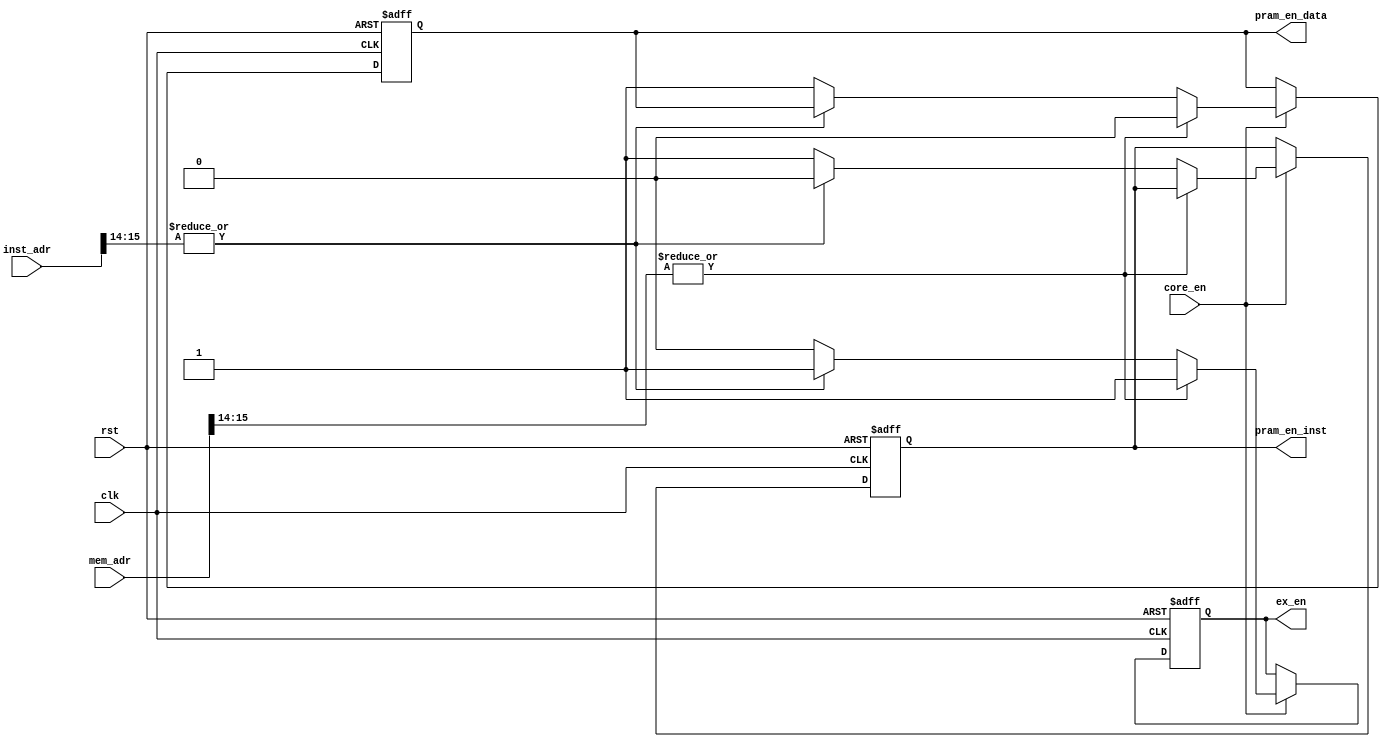
`timescale 1ns / 1ps
//////////////////////////////////////////////////////////////////////////////////
// Company: 
// Engineer: 
// 
// Design Name: 
// Module Name: mem_cr
// Project Name: 
// Target Devices: 
// Tool Versions: 
// Description: 
// 
// Dependencies: 
// 
// Revision:
// Revision 0.01 - File Created
// Additional Comments:
// 
//////////////////////////////////////////////////////////////////////////////////


module memory_controller(
         input wire clk, input wire rst,
         //core 
         input wire core_en, input wire [15:0] mem_adr,input wire [15:0] inst_adr, //,input wire [1:0] opType,
         //external        
		 output reg ex_en,//output reg i_bus_we,output reg i_bus_rdy_ex, output reg[15:0] i_bus_addr, output reg[31:0] i_bus_write_data, 
		 //input [31:0] o_bus_read_data,
         //pram         
		 output reg pram_en_inst//,output reg pram_w_en,output reg [15:0] adr_p_mem,output reg [31:0] pram_data_in,input pram_data_out,output  bm_sel
		 ,output reg pram_en_data);
   
 
   
   
   
   always @(posedge clk or negedge rst) begin
        if (!rst) begin
            	    pram_en_data  <=  1'b0;  
		            pram_en_inst  <=  1'b0;
		            ex_en      <=  1'b0;
            end

        else begin
                    if (core_en) begin
		              if (|mem_adr[15:14]) begin
		                  pram_en_data  <=  1'b0;  
		                  ex_en      <=  1'b1;
		              end
		              else if (|inst_adr[15:14]) begin 
		                  pram_en_inst  <=  1'b0;
		                  ex_en      <=  1'b1;
		              end
		              else begin
		                  pram_en_data  <=  1'b1;  
		                  pram_en_inst  <=  1'b1;
		                  ex_en      <=  1'b0;
		              end
		              end
         end
  end
  
  

endmodule